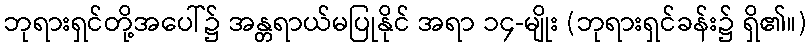
ဘုရားရှင်တို့အပေါ်၌ အန္တရာယ်မပြုနိုင် အရာ ၁၄-မျိုး (ဘုရားရှင်ခန်း၌ ရှိ၏။)